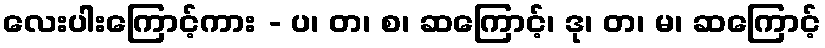
လေးပါးကြောင့်ကား - ပ၊ တ၊ စ၊ ဆကြောင့်၊ ဒု၊ တ၊ မ၊ ဆကြောင့်